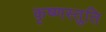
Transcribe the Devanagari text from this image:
कृष्णस्तुति